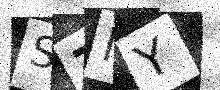
Text: S7NY